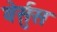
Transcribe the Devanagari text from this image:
वेर्सुस